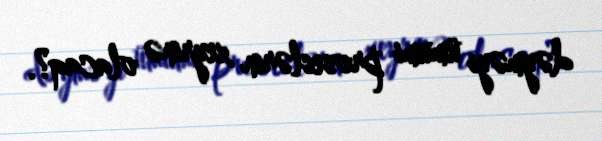
dəyməyi ümumi proseslərin xeyrinə olacaq?.